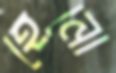
হেনো